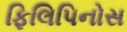
ફિલિપિનોસ